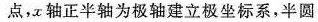
点，x轴正半轴位极轴建立极坐标系，半圆